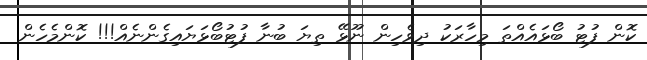
ކޮން ފުޓު ބޯޅައެއްތަ މިހާރަކު ދިވެހިން ނޫޅޭ ތިޔަ ބުނާ ފުޓުބޯޅަޔައިގެންނެއް!!! ކޮންމެހެން